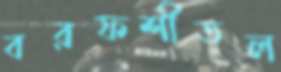
বরফশীতল